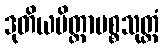
ဒုတိယမိတ္တာမစ္စသုတ္တံ